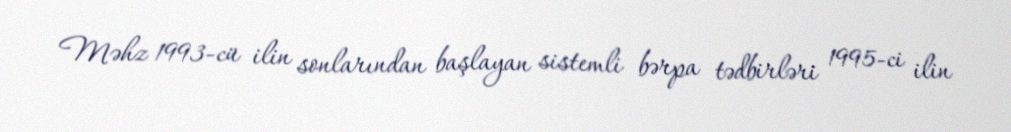
Məhz 1993-cü ilin sonlarından başlayan sistemli bərpa tədbirləri 1995-ci ilin